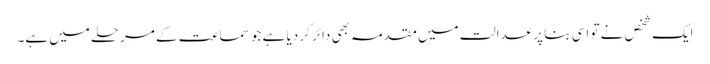
ایک شخص نے تو اسی بنا پر عدالت میں مقدمہ بھی دائر کر دیا ہے جو سماعت کے مرحلے میں ہے۔